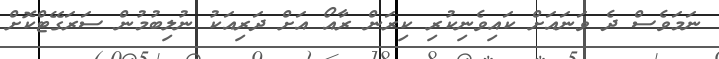
ނަމަވެސް ދެ ވަނައަށް ކައިވެނިކުރި ކިރަން ރާއޯ އަށް ދަރިއަކު ނުލިބުމުން ސަރަގޭޓްކޮށް